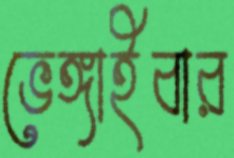
ভেঙ্গাইবার